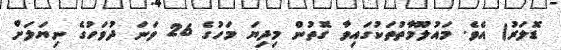
ޑޮލަރު) އެވެ. މައުލޫމާތުތަކުގައިވާ ގޮތުން މިދިޔަ މަހުގެ 26 ވަނަ ދުވަހުގެ ނިޔަލަށް